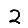
Digit: 2